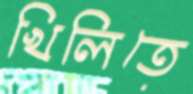
খিলিতে